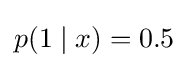
p(1\mid x)=0.5